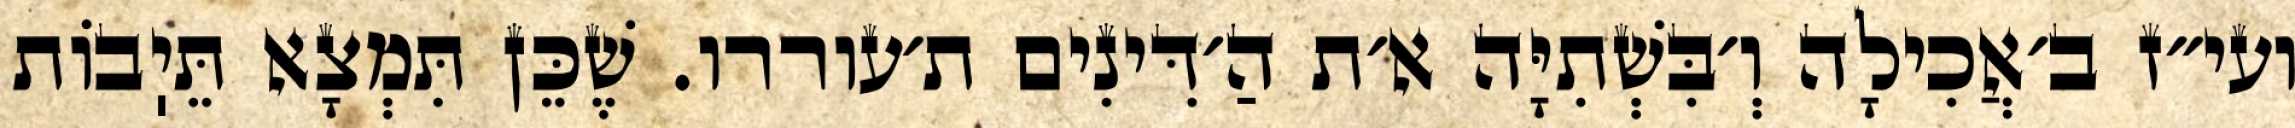
ועי״ז ב׳אֲכִילָה וְ׳בִּשְׁתִיָּה א׳ת הַ׳דִּינִים ת׳עוררו. שֶׁכֵּן תִּמְצָא תֵּיֽבוֹת